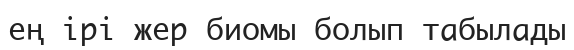
ең ірі жер биомы болып табылады